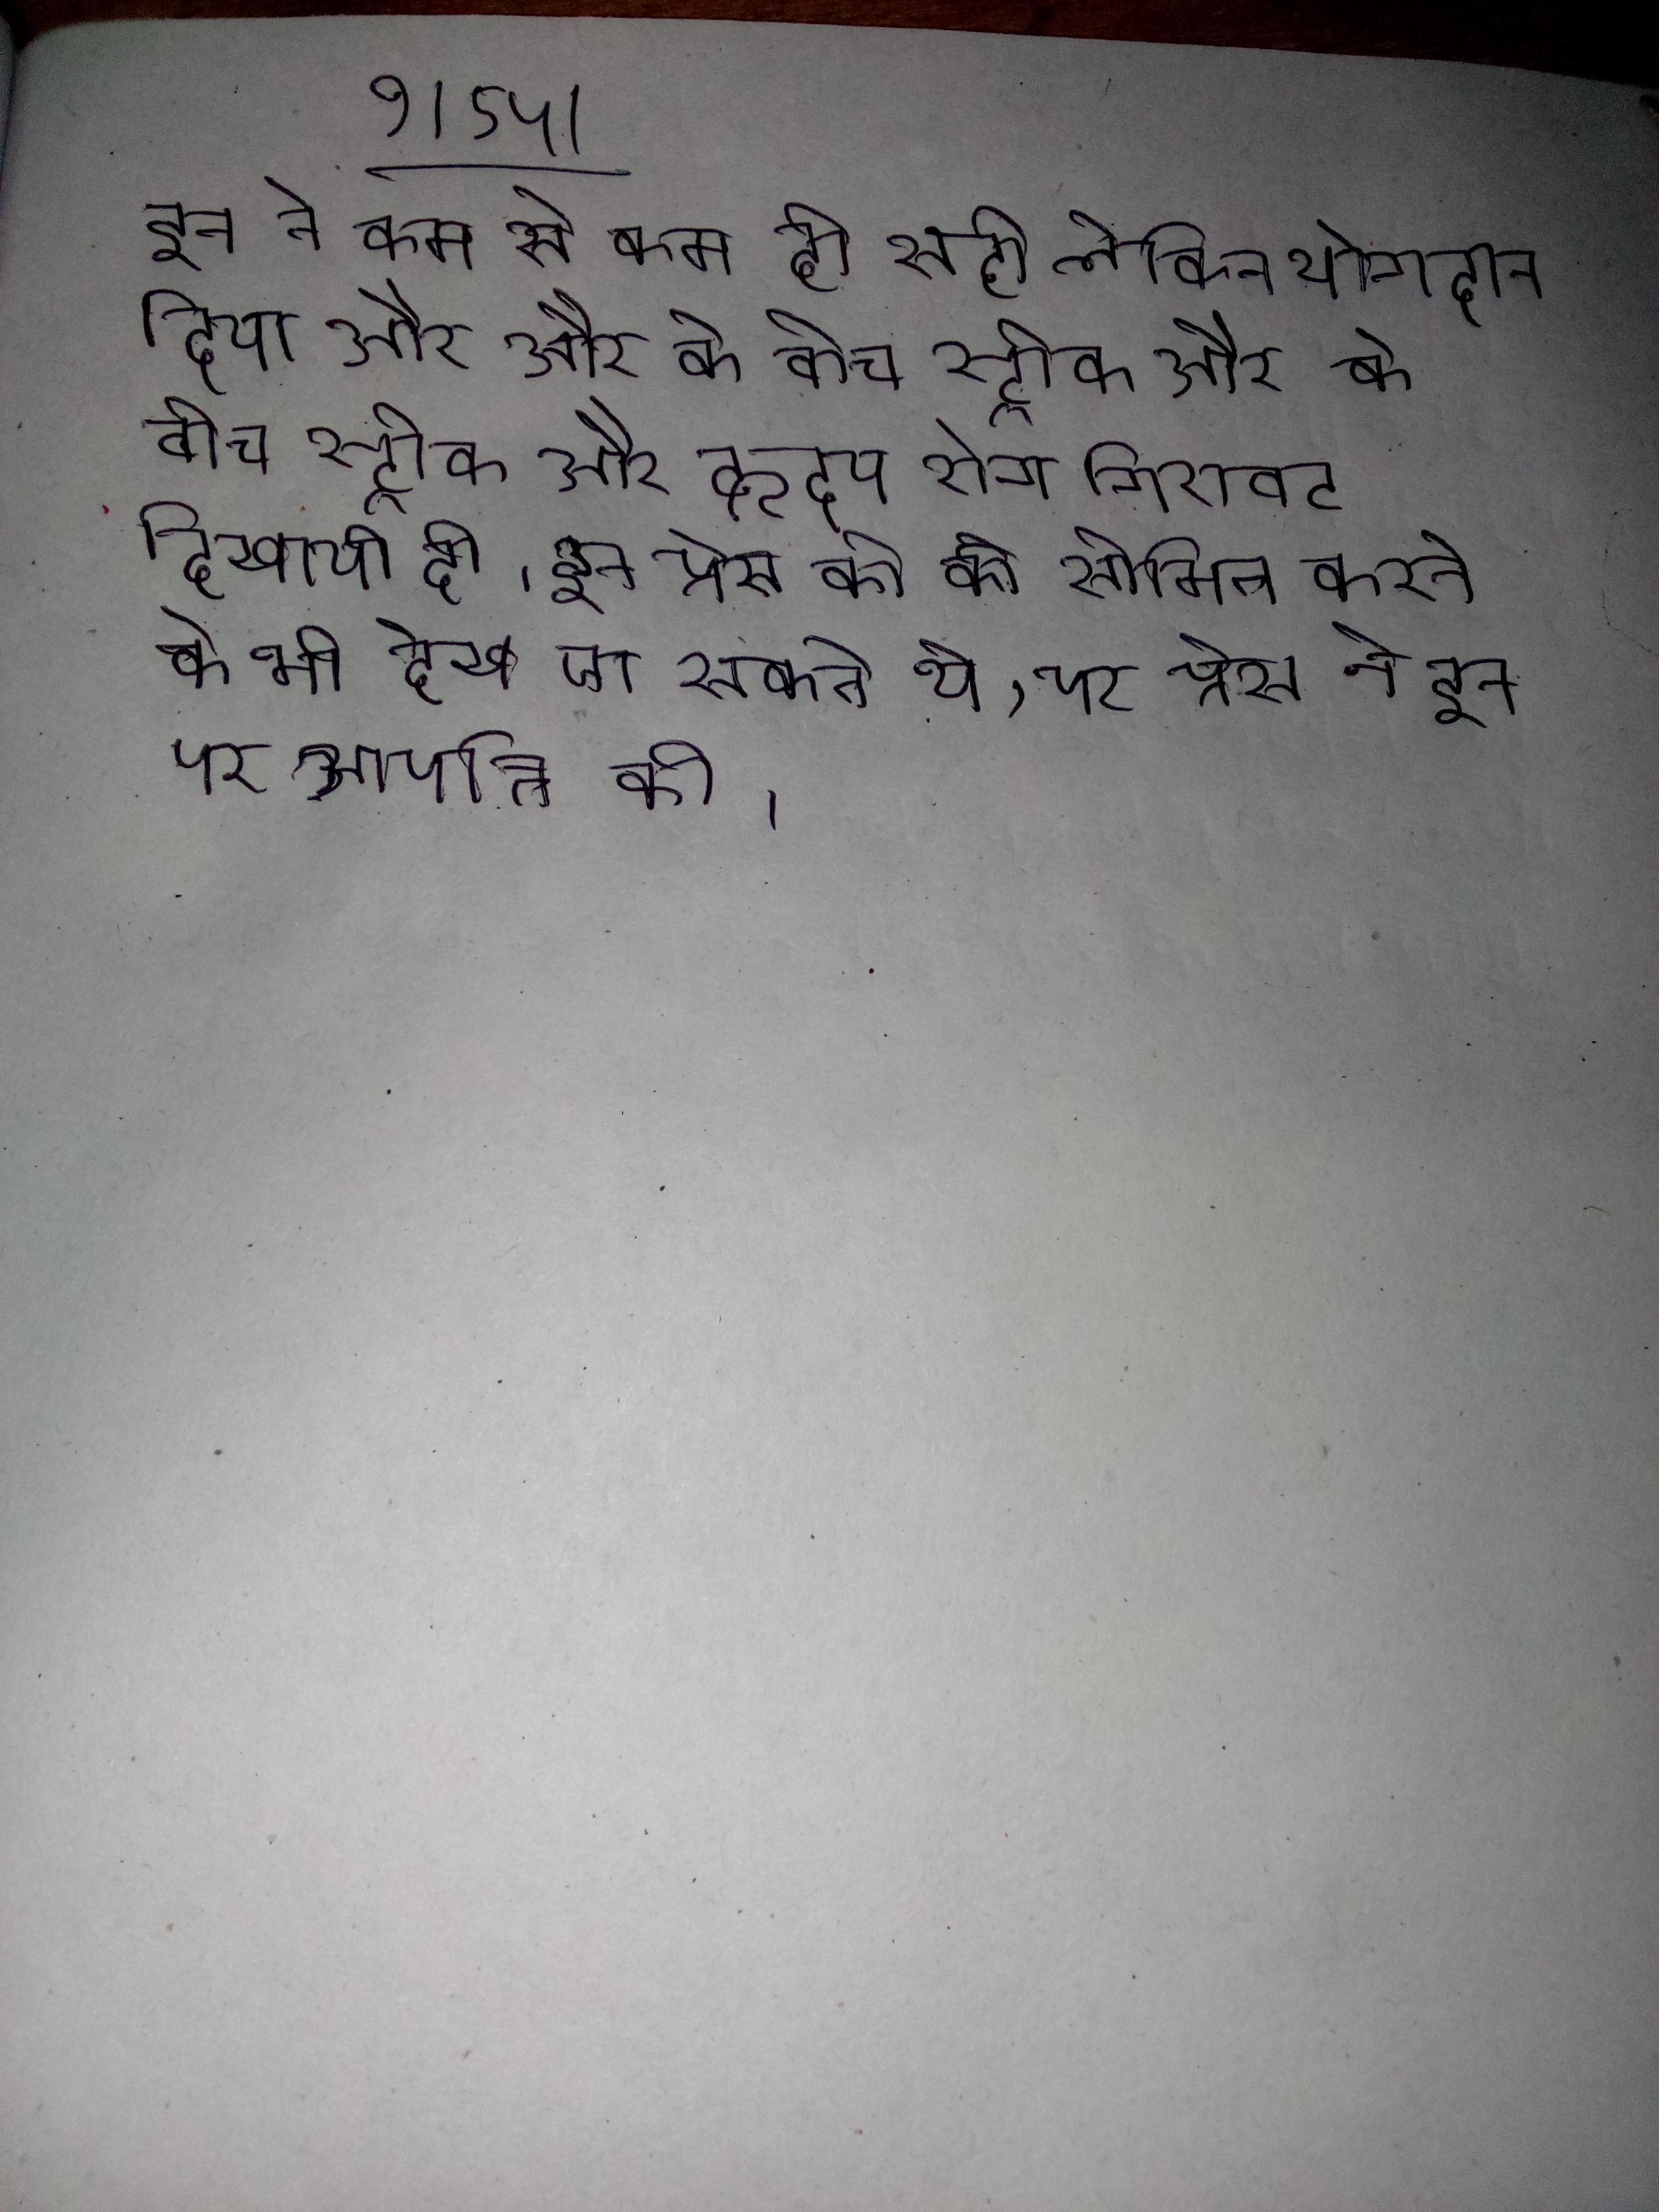
इन ने कम से कम ही सही लेकिन योगदान दिया और और के बीच स्ट्रोक और हृदय रोग गिरावट दिखायी दी । इन प्रेस की को सीमित करने के भी देखे जा सकते थे, पर प्रेस ने इन पर आपत्ति की ।